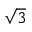
\sqrt { 3 }